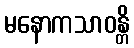
မနောကသာဝန္တိ